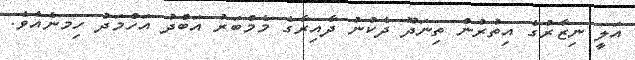
އަލީ ނިޒާރުގެ އިތުރުން ތިނަދޫ ދެކުނު ދާއިރާގެ މެމްބަރު އަބްދު އަހްމަދު ހިމނެއެވެ.